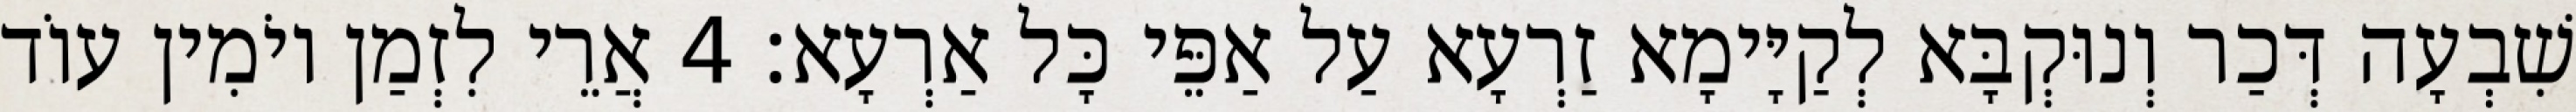
שִׁבְעָה דְּכַר וְנוּקְבָּא לְקַיָּימָא זַרְעָא עַל אַפֵּי כָּל אַרְעָא׃ 4 אֲרֵי לִזְמַן יוֹמִין עוֹד